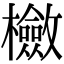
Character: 𣟺